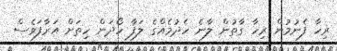
ރިހާ ފެނުމުން ރިހާ ގާތުން ލާނެ ހެދުމެއްގެ ލަފާ ހޯދަން ހިތަށް އަރާފަވެސް